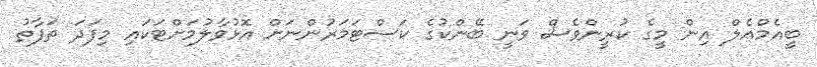
ބީއެމްއެލް އިން މީގެ ކުރީންވެސް ވަނީ ބޭންކުގެ ކަސްޓަމަރުންނަށް އޮޅުވާލުމަށްޓަކައި މިފަދަ ތަފާތު